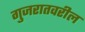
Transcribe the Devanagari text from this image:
गुजरातवरील